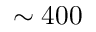
\sim 4 0 0